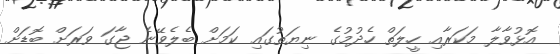
އޮޅުވާލާ މަކަރާއި ހީލަތް ހެދުމުގެ ނިޔަތުގައި ކަމަށް ބެލެވޭނެ ޖާގަ ވަރަށް ބޮޑަށް